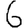
Digit: 6